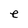
Character: e